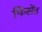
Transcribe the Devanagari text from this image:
फिंसेंत